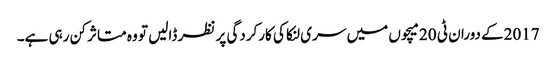
2017کے دوران ٹی 20 میچوں میں سری لنکا کی کارکردگی پر نظر ڈالیں تو وہ متاثر کن رہی ہے۔